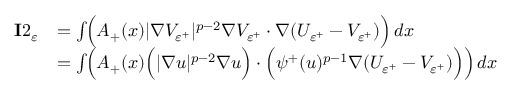
\begin{array} { r l } { \mathbf { I } 2 _ { \varepsilon } } & { = \int _ { \O } \Big ( A _ { + } ( x ) | \nabla V _ { { \varepsilon } ^ { + } } | ^ { p - 2 } \nabla V _ { { \varepsilon } ^ { + } } \cdot \nabla ( U _ { { \varepsilon } ^ { + } } - V _ { { \varepsilon } ^ { + } } ) \Big ) \, d x } \\ & { = \int _ { \O } \Big ( A _ { + } ( x ) \Big ( | \nabla u | ^ { p - 2 } \nabla u \Big ) \cdot \Big ( \psi ^ { + } ( u ) ^ { p - 1 } \nabla ( U _ { { \varepsilon } ^ { + } } - V _ { { \varepsilon } ^ { + } } ) \Big ) \Big ) \, d x } \end{array}